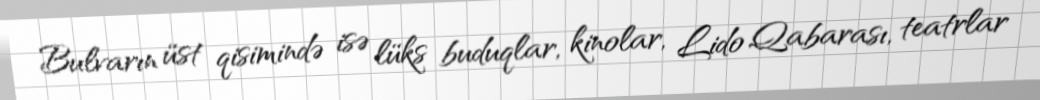
Bulvarın üst qisimində isə lüks buduqlar, kinolar, Lido Qabarası, teatrlar